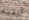
أرميه